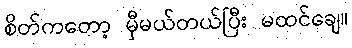
စိတ်ကတော့ မှီမယ်တယ်ပြီး မထင်ချေ။